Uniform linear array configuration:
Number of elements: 24
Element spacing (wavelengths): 0.75
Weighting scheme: kaiser
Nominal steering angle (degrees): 0
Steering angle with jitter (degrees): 1.373
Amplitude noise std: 0.05
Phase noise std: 0.05

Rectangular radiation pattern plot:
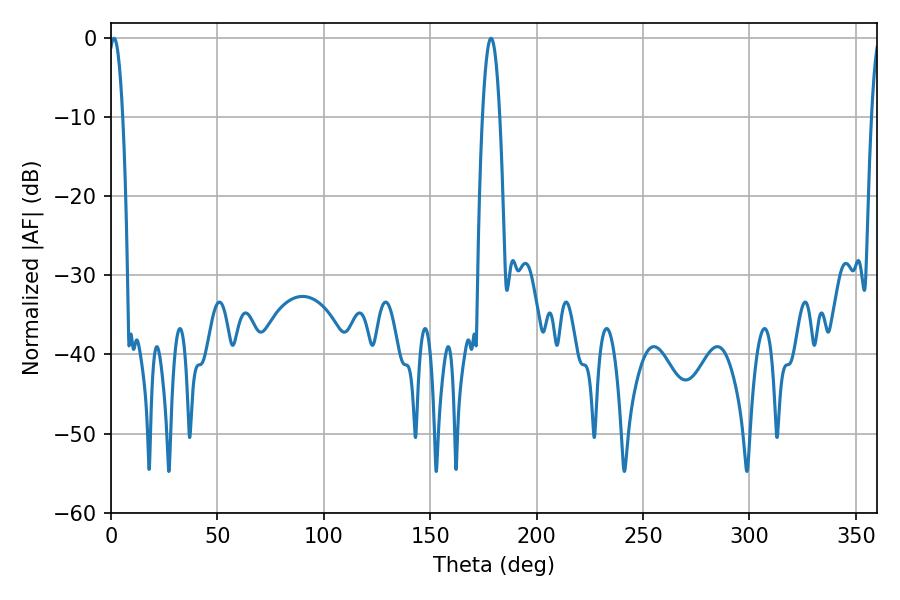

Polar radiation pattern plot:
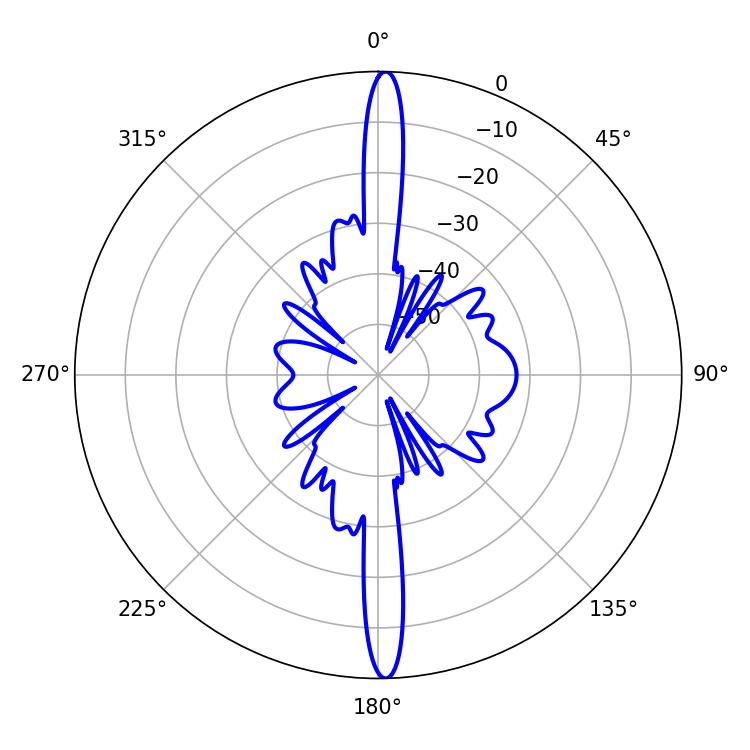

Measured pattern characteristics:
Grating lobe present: TRUE
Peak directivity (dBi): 26.62
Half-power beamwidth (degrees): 3.6
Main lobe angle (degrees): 1.44